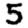
Digit: 5